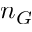
n _ { G }